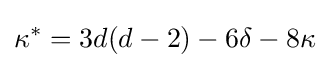
\kappa ^{*}=3d(d-2)-6\delta -8\kappa